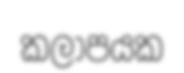
කලාපයක